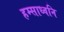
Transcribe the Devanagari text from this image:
हम्साध्वनि